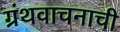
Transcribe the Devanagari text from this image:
ग्रंथवाचनाची